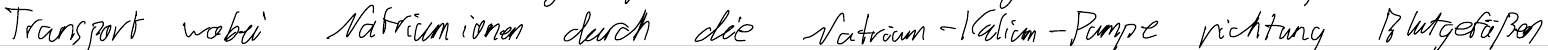
Transport wobei Natriumionen durch die Natrium-Kalium-Pumpe richtung Blutgefäßen